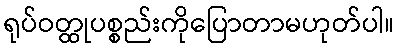
ရုပ်ဝတ္ထုပစ္စည်းကိုပြောတာမဟုတ်ပါ။